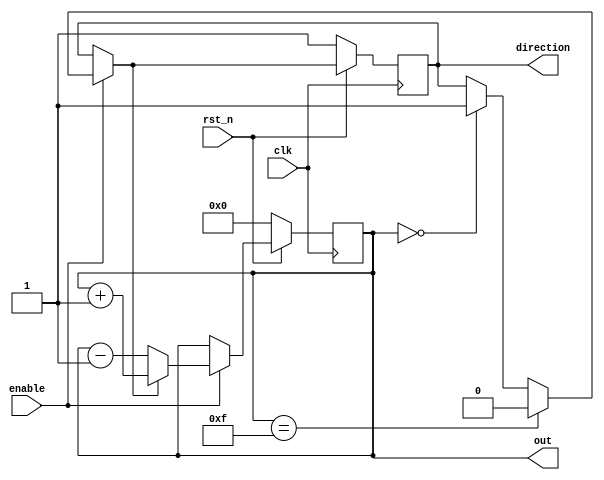
`timescale 1ns/1ps

module Ping_Pong_Counter (clk, rst_n, enable, direction, out);
input clk, rst_n;
input enable;
output direction;
output [3:0] out;

reg [3:0] out, nxt_out;
reg direction, nxt_dir;

// seq
always @(posedge clk)begin
    if(rst_n == 1'b0)begin
        direction <= 1'b1;
        out <= 4'b0000;
    end
    else begin
        direction <= nxt_dir;
        out <= nxt_out;
    end    
end   

// combinational circuit for direction
always @(*)begin
    if(enable == 1'b1)begin
        if(out == 4'b1111)
            nxt_dir = 1'b0;
        else if(out == 4'b0000)
            nxt_dir = 1'b1;
        else
            nxt_dir = direction;
    end
    else
        nxt_dir = direction;
end

// combinational circuit for out
always @(*)begin
    if(enable == 1'b1)begin
        if(nxt_dir == 1'b1)
            nxt_out = out + 4'b1;
        else
            nxt_out = out - 4'b1;
    end  
	else 
		nxt_out = out;
end     

endmodule